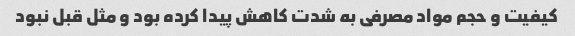
کیفیت و حجم مواد مصرفی به شدت کاهش پیدا کرده بود و مثل قبل نبود